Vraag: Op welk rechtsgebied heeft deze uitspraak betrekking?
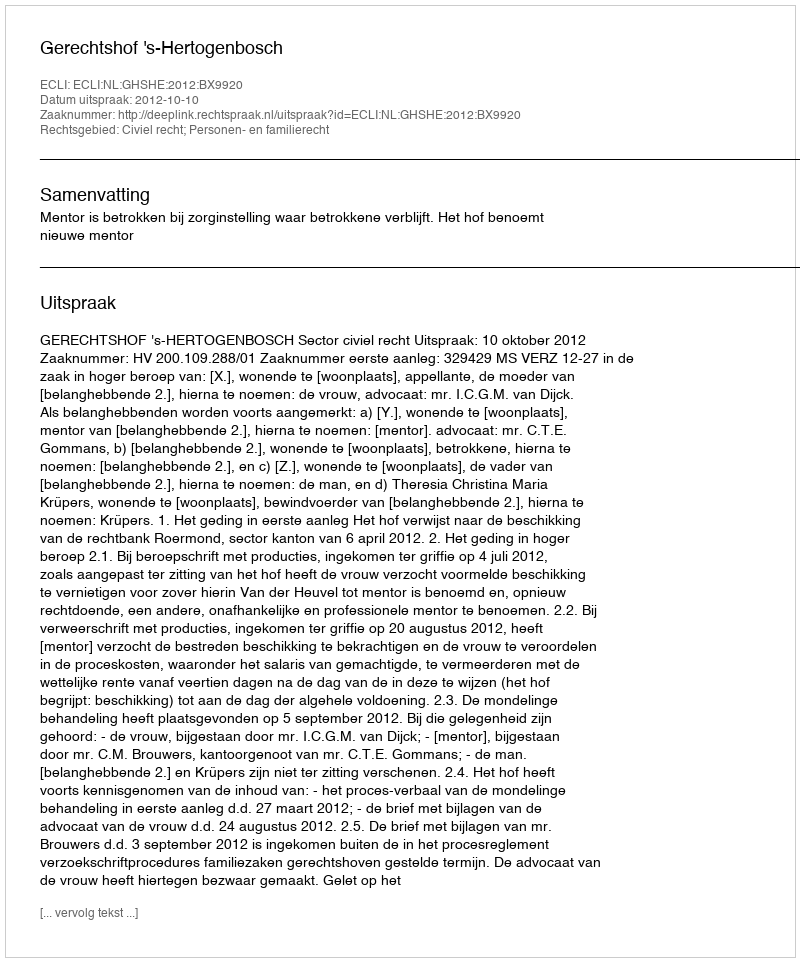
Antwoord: Civiel recht; Personen- en familierecht